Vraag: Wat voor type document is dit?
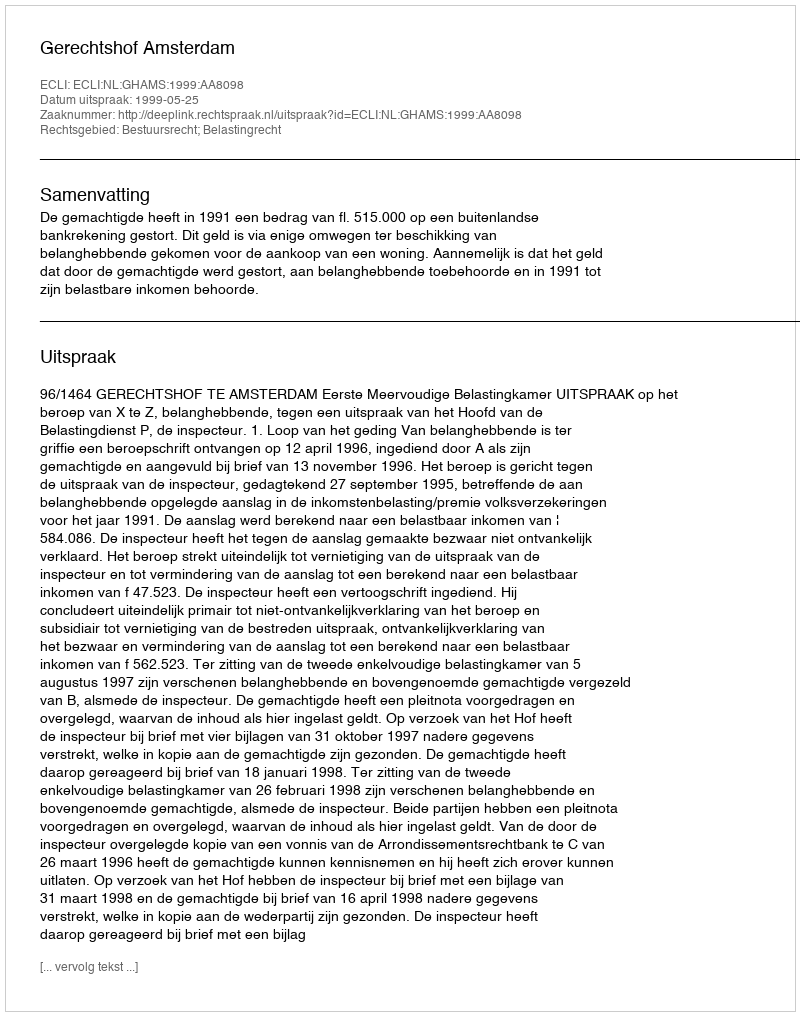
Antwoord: Uitspraak